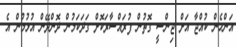
އަންހެން ކުއްޖާ އަށް ޖިންސީ ގޮތުން ފުރައްސާރަކޮށް ގަދަކަމުން ދޮންދޭން އުޅުމުން އެ